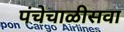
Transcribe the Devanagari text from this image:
पंचेचाळीसवा